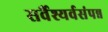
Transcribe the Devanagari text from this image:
सर्वैश्यर्वसंपन्न